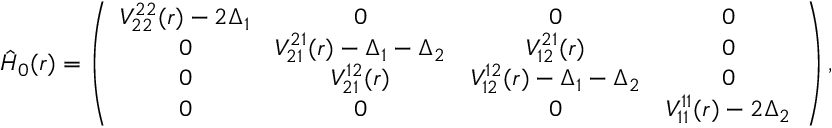
\hat { H } _ { 0 } ( r ) = \left( \begin{array} { c c c c } { V _ { 2 2 } ^ { 2 2 } ( r ) - 2 \Delta _ { 1 } } & { 0 } & { 0 } & { 0 } \\ { 0 } & { V _ { 2 1 } ^ { 2 1 } ( r ) - \Delta _ { 1 } - \Delta _ { 2 } } & { V _ { 1 2 } ^ { 2 1 } ( r ) } & { 0 } \\ { 0 } & { V _ { 2 1 } ^ { 1 2 } ( r ) } & { V _ { 1 2 } ^ { 1 2 } ( r ) - \Delta _ { 1 } - \Delta _ { 2 } } & { 0 } \\ { 0 } & { 0 } & { 0 } & { V _ { 1 1 } ^ { 1 1 } ( r ) - 2 \Delta _ { 2 } } \end{array} \right) ,